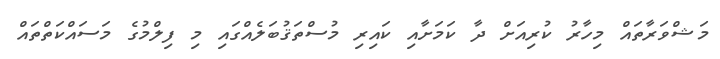
މަޝްވަރާތައް މިހާރު ކުރިއަށް ދާ ކަމަށާއި ކައިރި މުސްތަޤުބަލެއްގައި މި ފިލްމުގެ މަސައްކަތްތައް